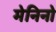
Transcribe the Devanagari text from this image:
मेनिनो